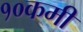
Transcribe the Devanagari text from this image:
१०कमी